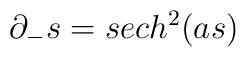
\partial_{-}s=sech^{2}(as)